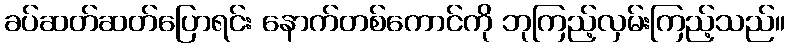
ခပ်ဆတ်ဆတ်ပြောရင်း နောက်တစ်ကောင်ကို ဘုကြည့်လှမ်းကြည့်သည်။